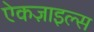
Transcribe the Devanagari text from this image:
ऐकज़ाइल्स